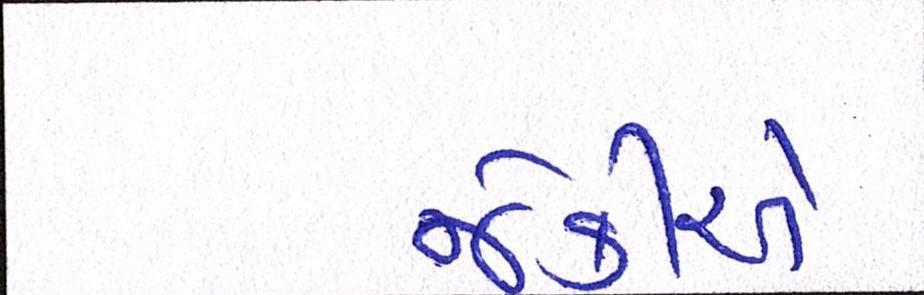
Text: જેકીએ